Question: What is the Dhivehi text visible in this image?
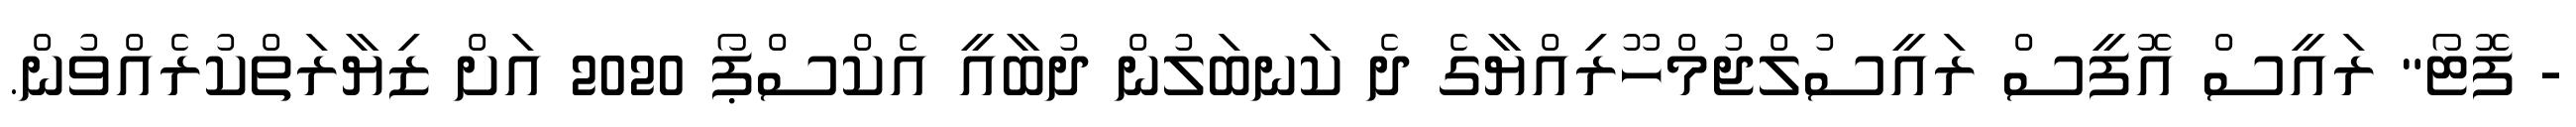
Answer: - ފޮޓޯ" ރައީސް އޮފީސް ރައީސުލްޖުމްހޫރިއްޔާގެ ދެ ކަނބަލުން ދުބާއީ އެކްސްޕޯ 2020 އަށް ޒިޔާރަތްކުރެއްވުން.